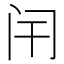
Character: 闬